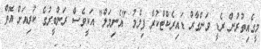
މީގެއިތުރުން ރެޑީ ވަންގާރް ޑައިރެކްޓްކުރާ ފިލްމު "އެނިމަލް" އަކީވެސް ރަންބީރުގެ ކުރިއަށް އޮތް